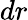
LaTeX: dr